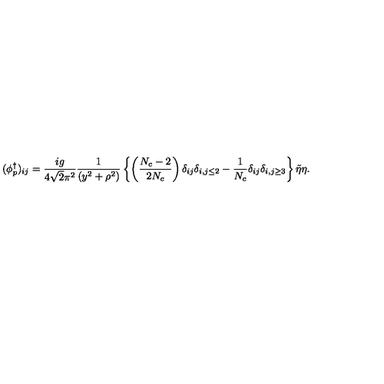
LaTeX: ( \phi _ { p } ^ { \dagger } ) _ { i j } = \frac { i g } { 4 \sqrt { 2 } \pi ^ { 2 } } \frac { 1 } { ( y ^ { 2 } + \rho ^ { 2 } ) } \left\{ \left( \frac { N _ { c } - 2 } { 2 N _ { c } } \right) \delta _ { i j } \delta _ { i , j \leq 2 } - \frac { 1 } { N _ { c } } \delta _ { i j } \delta _ { i , j \geq 3 } \right\} \tilde { \eta } \eta .